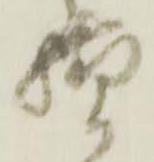
様